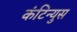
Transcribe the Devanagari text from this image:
कंटिन्युस